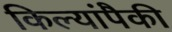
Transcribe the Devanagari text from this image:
किल्यांपैकी